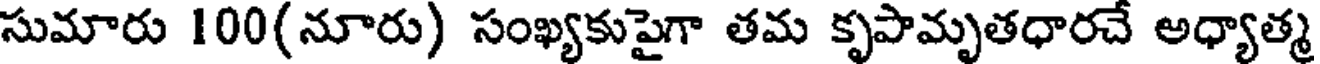
సుమారు 100(నూరు) సంఖ్యకుపైగా తమ కృపామృతధారచే అధ్యాత్మ